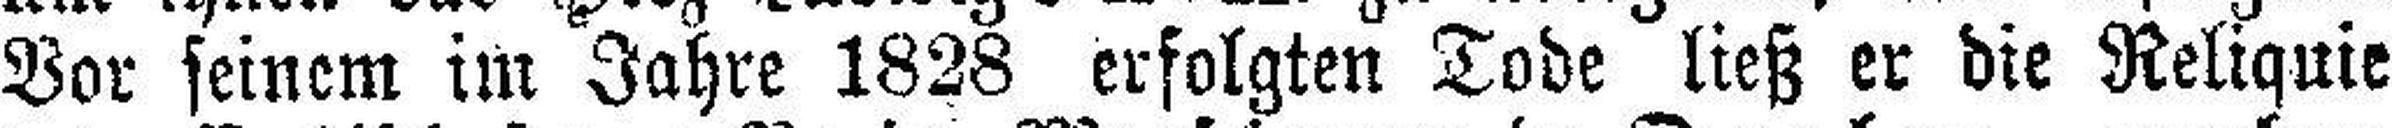
Vor seinem im Jahre 1828 erfolgten Tode ließ er die Reliquie